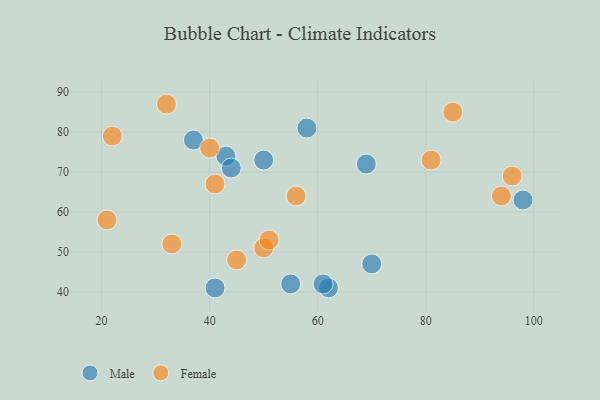
{"axis": {"x": "GDP", "y": "Life Expectancy"}, "legend": ["Female", "Male"], "data": [{"x": "98", "y": 63, "type": "Male"}, {"x": "55", "y": 42, "type": "Male"}, {"x": "41", "y": 41, "type": "Male"}, {"x": "43", "y": 74, "type": "Male"}, {"x": "44", "y": 71, "type": "Male"}, {"x": "69", "y": 72, "type": "Male"}, {"x": "62", "y": 41, "type": "Male"}, {"x": "61", "y": 42, "type": "Male"}, {"x": "58", "y": 81, "type": "Male"}, {"x": "70", "y": 47, "type": "Male"}, {"x": "37", "y": 78, "type": "Male"}, {"x": "50", "y": 73, "type": "Male"}, {"x": "41", "y": 67, "type": "Female"}, {"x": "96", "y": 69, "type": "Female"}, {"x": "81", "y": 73, "type": "Female"}, {"x": "94", "y": 64, "type": "Female"}, {"x": "21", "y": 58, "type": "Female"}, {"x": "40", "y": 76, "type": "Female"}, {"x": "50", "y": 51, "type": "Female"}, {"x": "56", "y": 64, "type": "Female"}, {"x": "85", "y": 85, "type": "Female"}, {"x": "22", "y": 79, "type": "Female"}, {"x": "33", "y": 52, "type": "Female"}, {"x": "51", "y": 53, "type": "Female"}, {"x": "32", "y": 87, "type": "Female"}, {"x": "45", "y": 48, "type": "Female"}]}